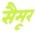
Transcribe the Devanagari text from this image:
सैमूर